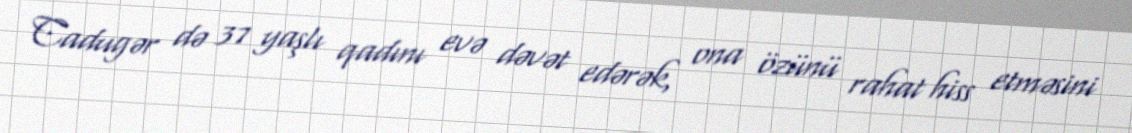
Cadugər də 37 yaşlı qadını evə dəvət edərək, ona özünü rahat hiss etməsini